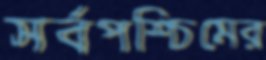
সর্বপশ্চিমের